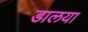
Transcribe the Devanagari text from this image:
डालया